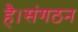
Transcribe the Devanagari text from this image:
है।संगठन